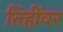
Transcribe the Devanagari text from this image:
तिहींवर